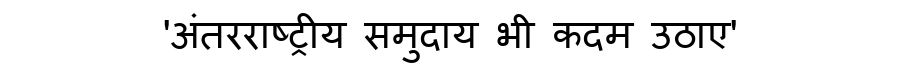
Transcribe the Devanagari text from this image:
'अंतरराष्ट्रीय समुदाय भी कदम उठाए'